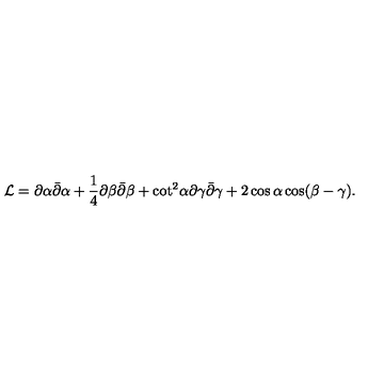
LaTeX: { \cal L } = \partial \alpha \bar { \partial } \alpha + { \frac { 1 } { 4 } } \partial \beta \bar { \partial } \beta + { \cot } ^ { 2 } \alpha \partial \gamma \bar { \partial } \gamma + 2 \cos \alpha \cos ( \beta - \gamma ) .